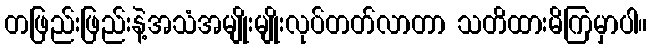
တဖြည်းဖြည်းနဲ့အသံအမျိုးမျိုးလုပ်တတ်လာတာ သတိထားမိကြမှာပါ။